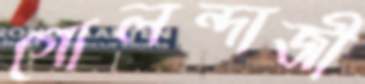
গোলন্দাজী